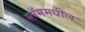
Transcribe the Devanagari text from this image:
स्लॅममधील